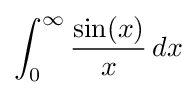
\int _{0}^{\infty }{\frac {\sin(x)}{x}}\,dx